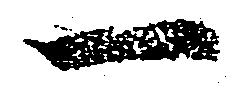
一